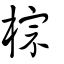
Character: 棕